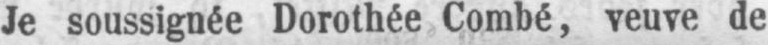
Je soussignée Dorothée Combé, veuve de